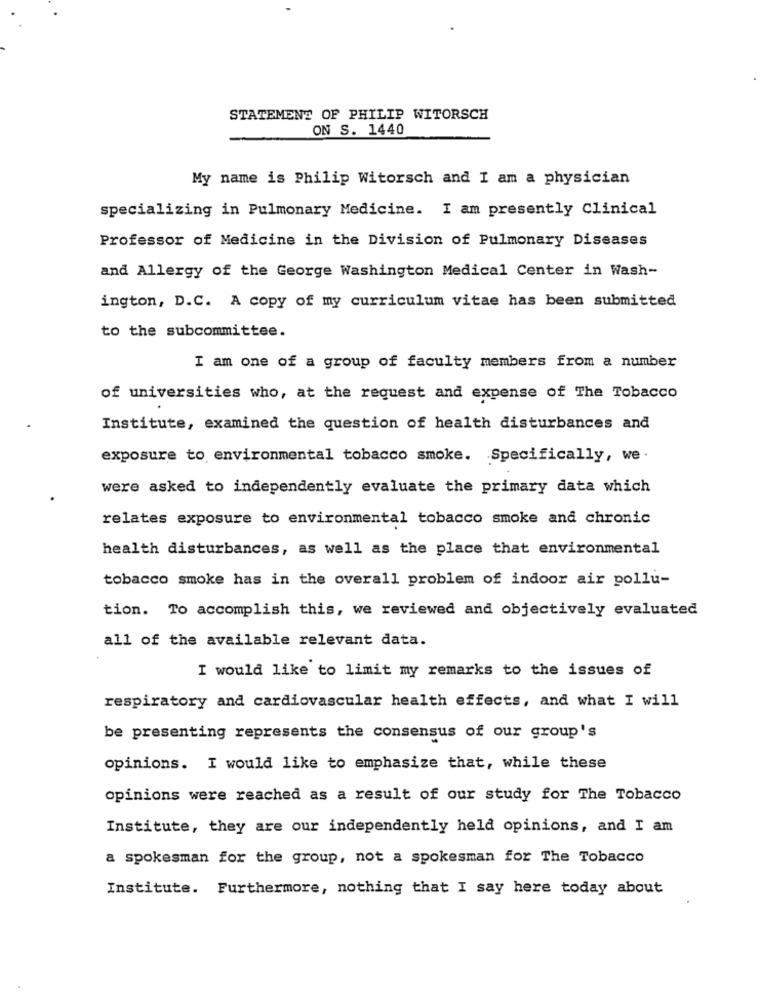
STATEMENT OF PHILIP WITORSCH
ON S. 1440
My name is Philip Witorsch and I am a physician
specializing in Pulmonary Medicine. I am presently Clinical
Professor of Medicine in the Division of Pulmonary Diseases
and Allergy of the George Washington Medical Center in Wash-
ington, D.C. A copy of my curriculum vitae has been submitted
to the subcommittee.
I am one of a group of faculty members from a number
of universities who, at the request and expense of The Tobacco
Institute, examined the question of health disturbances and
exposure to environmental tobacco smoke. Specifically, we
were asked to independently evaluate the primary data which
relates exposure to environmental tobacco smoke and chronic
health disturbances, as well as the place that environmental
tobacco smoke has in the overall problem of indoor air pollu-
tion. To accomplish this, we reviewed and objectively evaluated
all of the available relevant data.
I would like to limit my remarks to the issues of
respiratory and cardiovascular health effects, and what I will
be presenting represents the consensus of our group's
opinions. I would like to emphasize that, while these
opinions were reached as a result of our study for The Tobacco
Institute, they are our independently held opinions, and I am
a spokesman for the group, not a spokesman for The Tobacco
Institute. Furthermore, nothing that I say here today about